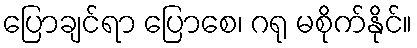
ပြောချင်ရာ ပြောစေ၊ ဂရု မစိုက်နိုင်။